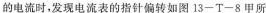
的电流时，发现电流表的指针偏转如图13-T-8甲所